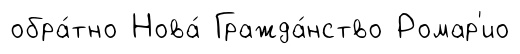
обра́тно Нова́ Гражда́нство Ромар'ио